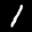
Label: 1